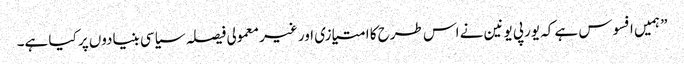
” ہمیں افسوس ہے کہ یورپی یونین نے اس طرح کا امتیازی اور غیر معمولی فیصلہ سیاسی بنیادوں پر کیا ہے۔